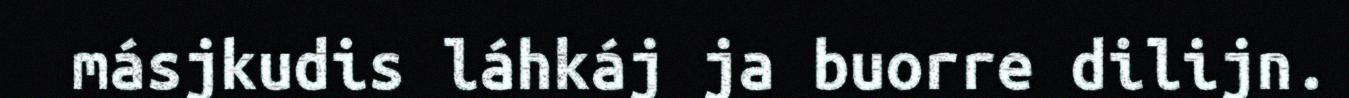
másjkudis láhkáj ja buorre dilijn.